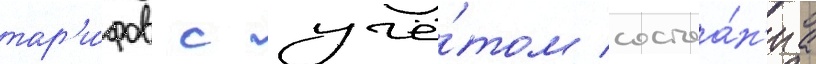
тар'и́фов с учё́том состоа́н'иа